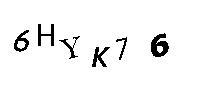
6HYK76